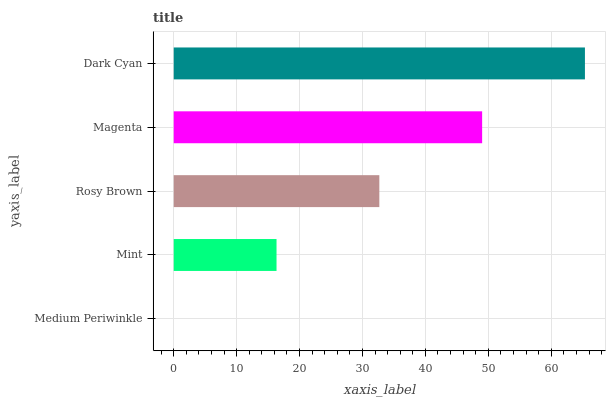
| yaxis_label | bars |
 | --- | --- |
 | Medium Periwinkle | 0 |
 | Mint | 16.3 |
 | Rosy Brown | 32.7 |
 | Magenta | 49 |
 | Dark Cyan | 65.4 |